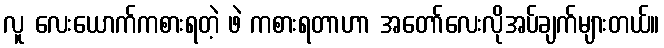
လူ လေးယောက်ကစားရတဲ့ ဖဲ ကစားရတာဟာ အတော်လေးလိုအပ်ချက်များတယ်။